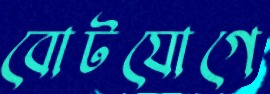
বোটযোগে